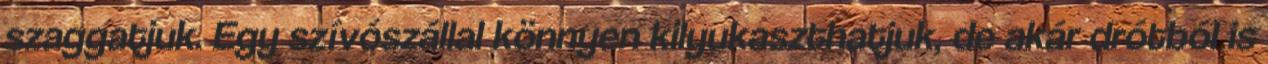
szaggatjuk. Egy szívószállal könnyen kilyukaszthatjuk, de akár drótból is